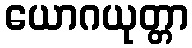
ယောဂယုတ္တာ